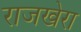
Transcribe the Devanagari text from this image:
राजखेरा